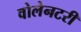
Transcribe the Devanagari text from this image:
वोलेनटरी